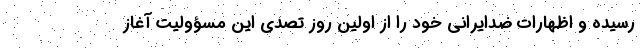
رسیده و اظهارات ضدایرانی خود را از اولین روز تصدی این مسؤولیت آغاز